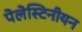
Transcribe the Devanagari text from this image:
पेलेस्टिनीयन